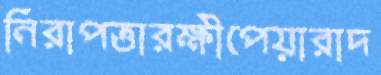
নিরাপত্তারক্ষীপেয়ারাদ